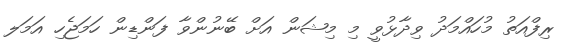
ރިފްއަތު މުހައްމަދު ވިދާޅުވީ މި މިޝަން އަށް ބޭނުންވާ ފަންޑިން ހަމަޖެހި އަމަލ